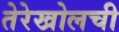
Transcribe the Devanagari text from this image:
तेरेखोलची